Report on vaccination in the Province of Bengal - 1874-1889
Year: 1874
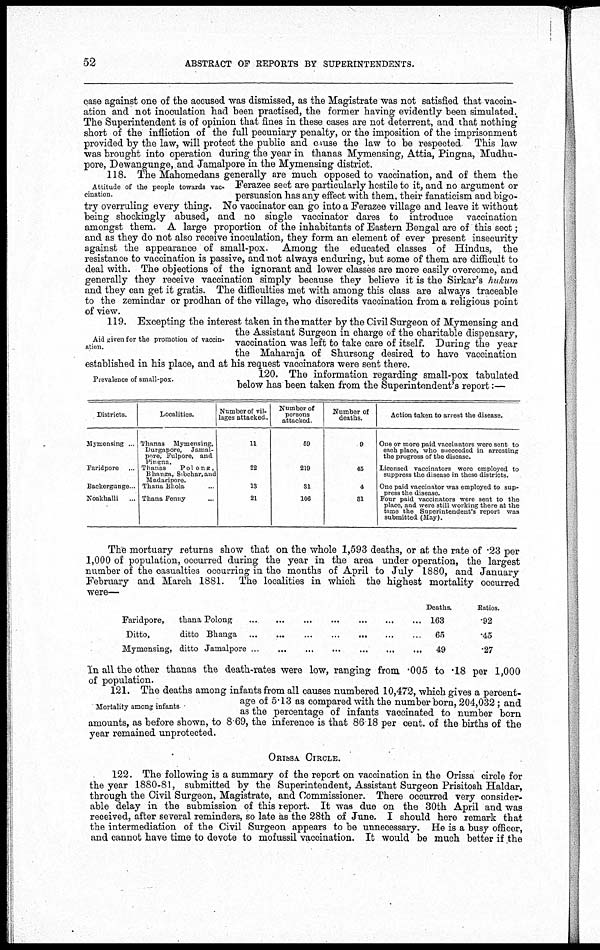
52
ABSTRACT OF REPORTS BY SUPERINTENDENTS.
case against one of the accused was dismissed, as the Magistrate was not satisfied that vaccin-
ation and not inoculation had been practised, the former having evidently been simulated.
The Superintendent is of opinion that fines in these cases are not deterrent, and that nothing
short of the infliction of the full pecuniary penalty, or the imposition of the imprisonment
provided by the law, will protect the public and cause the law to be respected This law
was brought into operation during the year in thanas Mymensing, Attia, Pingna, Mudhu-
pore, Dewangunge, and Jamalpore in the Mymensing district.
Attitude of the people towards vac¬
cination.
118. The Mahomedans generally are much opposed to vaccination, and of them the
Ferazee sect are particularly hostile to it, and no argument or
persuasion has any effect with them, their fanaticism and bigo-
try overruling every thing. No vaccinator can go into a Ferazee village and leave it without
being shockingly abused, and no single vaccinator dares to introduce vaccination
amongst them. A large proportion of the inhabitants of Eastern Bengal are of this sect;
and as they do not also receive inoculation, they form an element of ever present insecurity
against the appearance of small-pox. Among the educated classes of Hindus, the
resistance to vaccination is passive, and not always enduring, but some of them are difficult to
deal with. The objections of the ignorant and lower classes are more easily overcome, and
generally they receive vaccination simply because they believe it is the Sirkar's hukum
and they can get it gratis. The difficulties met with among this class are always traceable
to the zemindar or prodhan of the village, who discredits vaccination from a religious point
of view.
Aid given for the promotion of vaccin-
ation.
119. Excepting the interest taken in the matter by the Civil Surgeon of Mymensing and
the Assistant Surgeon in charge of the charitable dispensary,
vaccination was left to take care of itself. During the year
the Maharaja of Shursong desired to have vaccination
established in his place, and at his request vaccinators were sent there.
Prevalence of small-pox.
120. The information regarding small-pox tabulated
below has been taken from the Superintendent's report:—
Districts.
Mymensing ...
Faridpore ...
Backergunge..
Noakhalli ...
Localities.
Thanas Mymensing,
Durgapore, Jamal-
pore, Fulpore, and
Pingna.
Thanas
Polong,
Bhanga, Sibchar,and
Madaripore.
Thana Bhola ...
Thana Fenny ...
Number of vil-
lages attacked.
11
22
13
21
Number of
persons
attacked.
59
219
31
106
Number of
deaths.
9
45
4
31
Action token to arrest the disease.
One or more paid vaccinators were sent to
each place, who succeeded in arresting
the progress of the disease.
Licensed vaccinators were employed to
suppress the disease in these districts.
One paid vaccinator was employed to sup-
press the disease.
Four paid vaccinators were sent to the
place, and were still working there at the
time the Superintendent's report was
submitted (May).
The mortuary returns show that on the whole 1,593 deaths, or at the rate of .23 per
1,000 of population, occurred during the year in the area under operation, the largest
number of the casualties occurring in the months of April to July 1880, and January
February and March 1881. The localities in which the highest mortality occurred
were—
Faridpore,
thana Polong
...
...
...
...
...
...
...
Ditto,
ditto Bkanga
...
...
...
...
...
...
...
Mymensing, ditto Jamalpore
...
...
...
...
...
...
...
Deaths.
163
65
49
Ratios.
.92
.45
.27
In all the other thanas the death-rates were low, ranging from .005 to .18 per 1,000
of population.
Mortality among infants
121. The deaths among infants from all causes numbered 10,472, which gives a percent-
age of 5.13 as compared with the number born, 204,032; and
as the percentage of infants vaccinated to number born
amounts, as before shown, to 8.69, the inference is that 86.18 per cent. of the births of the
year remained unprotected.
ORISSA CIRCLE.
122. The following is a summary of the report on vaccination in the Orissa circle for
the year 1880-81, submitted by the Superintendent, Assistant Surgeon Prisitosh Haldar,
through the Civil Surgeon, Magistrate, and Commissioner. There occurred very consider-
able delay in the submission of this report. It was due on the 30th April and was
received, after several reminders, so late as the 28th of June. I should here remark that
the intermediation of the Civil Surgeon appears to be unnecessary. He is a busy officer,
and cannot have time to devote to mofussil vaccination. It would be much better if the